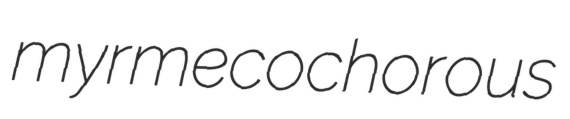
myrmecochorous